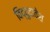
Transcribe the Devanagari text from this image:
विद्युदावेश